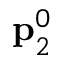
{ \bf p } _ { 2 } ^ { 0 }